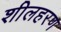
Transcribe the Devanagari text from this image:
शीलहरण